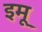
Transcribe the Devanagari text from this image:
इमू